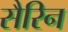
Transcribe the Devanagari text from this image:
सैरिन